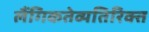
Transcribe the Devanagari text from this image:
लैंगिकतेव्यतिरिक्त